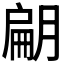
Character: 𭨿